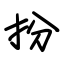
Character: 扮